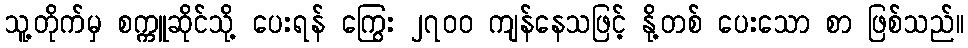
သူ့တိုက်မှ စက္ကူဆိုင်သို့ ပေးရန် ကြွေး ၂၇၀၀ ကျန်နေသဖြင့် နို့တစ် ပေးသော စာ ဖြစ်သည်။